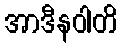
အာဒီနဝါတိ